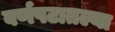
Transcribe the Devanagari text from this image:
वर्णपटातल्या